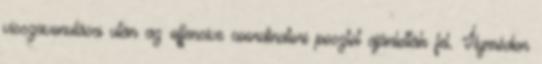
visszavonulása után az offensive coordinatori posztot ajánlották fel. Ílymódon